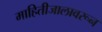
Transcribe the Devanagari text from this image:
माहितीजालावरून